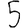
Digit: 5